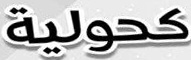
كحولية